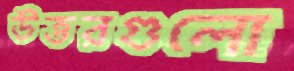
উত্তরগুলো